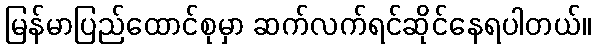
မြန်မာပြည်ထောင်စုမှာ ဆက်လက်ရင်ဆိုင်နေရပါတယ်။